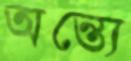
অন্ত্যে